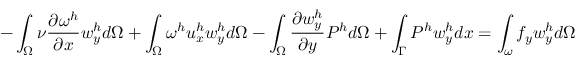
- \int _ { \Omega } \nu \frac { \partial \omega ^ { h } } { \partial x } w _ { y } ^ { h } d \Omega + \int _ { \Omega } \omega ^ { h } u _ { x } ^ { h } w _ { y } ^ { h } d \Omega - \int _ { \Omega } \frac { \partial w _ { y } ^ { h } } { \partial y } P ^ { h } d \Omega + \int _ { \Gamma } P ^ { h } w _ { y } ^ { h } d x = \int _ { \omega } f _ { y } w _ { y } ^ { h } d \Omega